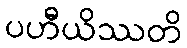
ပဟီယိဿတိ